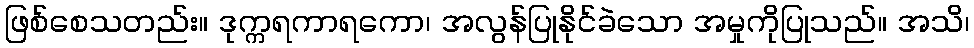
ဖြစ်စေသတည်း။ ဒုက္ကရကာရကော၊ အလွန်ပြုနိုင်ခဲသော အမှုကိုပြုသည်။ အသိ၊